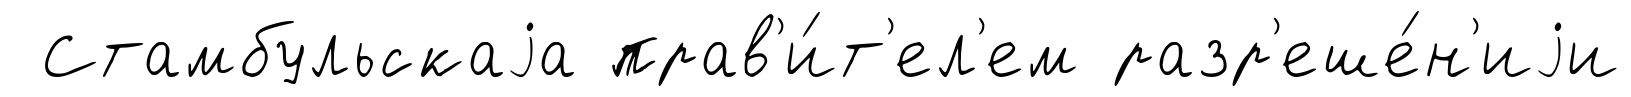
Стамбульскаjа прав'и́т'ел'ем разр'еше́н'иjи